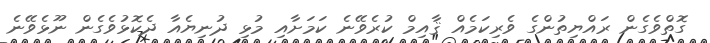
ގޮތްވެގެން ރައްޔިތުންގެ ވެރިކަމެއް ޤާއިމް ކުރެވޭނެ ކަމަށާއި މުޅި ދުނިޔެއާ ދެކޮޅުވެގެން ނޫޅެވޭނެ